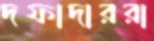
দফাদাররা